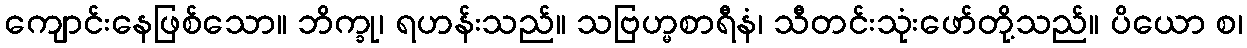
ကျောင်းနေဖြစ်သော။ ဘိက္ခု၊ ရဟန်းသည်။ သဗြဟ္မစာရီနံ၊ သီတင်းသုံးဖော်တို့သည်။ ပိယော စ၊